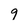
Character: 9